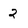
Character: 2